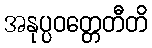
အနုပ္ပဝတ္တေတီတိ